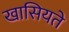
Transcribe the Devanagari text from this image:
खासियते